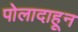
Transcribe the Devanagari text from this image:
पोलादाहून